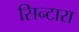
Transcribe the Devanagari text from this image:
सिन्टारा